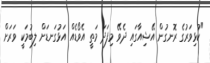
"ކުޅިވަރުގެ ރޮނގުން އޭޝިއާގައި ދެވޭ މިފަދަ މަތީ އެވޯޑެއް އަޅުގަނޑަށް ލިބުމަކީ ވަރަށް